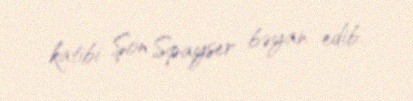
katibi Şon Spayser bəyan edib.